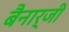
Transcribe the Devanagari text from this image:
बैनार्जी